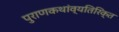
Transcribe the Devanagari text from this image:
पुराणकथांव्यतिरिक्त